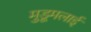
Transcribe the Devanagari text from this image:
मुडूमलाई